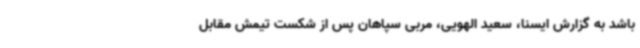
باشد به گزارش ایسنا، سعید الهویی، مربی سپاهان پس از شکست تیمش مقابل